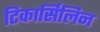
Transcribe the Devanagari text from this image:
टिकार्सिलिन